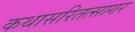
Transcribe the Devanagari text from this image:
कथासरितत्सागर